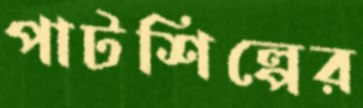
পাটশিল্পের